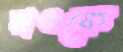
রাওকে